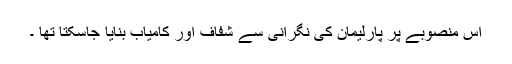
اس منصوبے پر پارلیمان کی نگرانی سے شفاف اور کامیاب بنایا جاسکتا تھا ۔